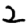
Digit: 2